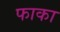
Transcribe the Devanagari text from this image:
फाका